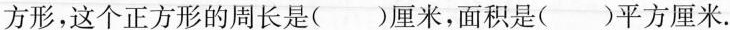
方形，这个正方形的周长是（）厘米，面积是（）平方厘米.